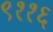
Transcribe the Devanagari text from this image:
९११६